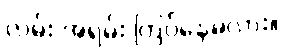
လမ်း အရမ်း ကြပ်နေမလား။